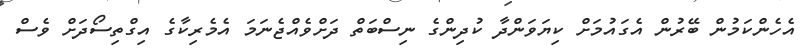
އެހެންކަމުން ބޭރުން އެގައުމަށް ކިޔަވަންދާ ކުދިންގެ ނިސްބަތް ދަށްވެއްޖެނަމަ އެމެރިކާގެ އިގްތިސޯދަށް ވެސް